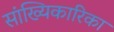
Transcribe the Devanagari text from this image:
सांख्यिकारिका